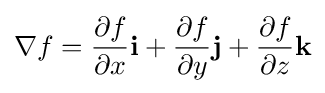
\nabla f={\frac {\partial f}{\partial x}}\mathbf {i} +{\frac {\partial f}{\partial y}}\mathbf {j} +{\frac {\partial f}{\partial z}}\mathbf {k}